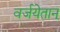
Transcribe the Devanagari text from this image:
वर्जयेतान्